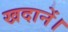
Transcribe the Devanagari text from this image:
खदानें।